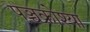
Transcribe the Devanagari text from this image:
पञ्चक्रोश्या